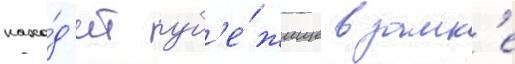
нахо́д'ит уб'е́жище в замк'е